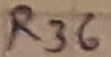
Text: R36